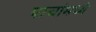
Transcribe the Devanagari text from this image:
पाचांमध्ये